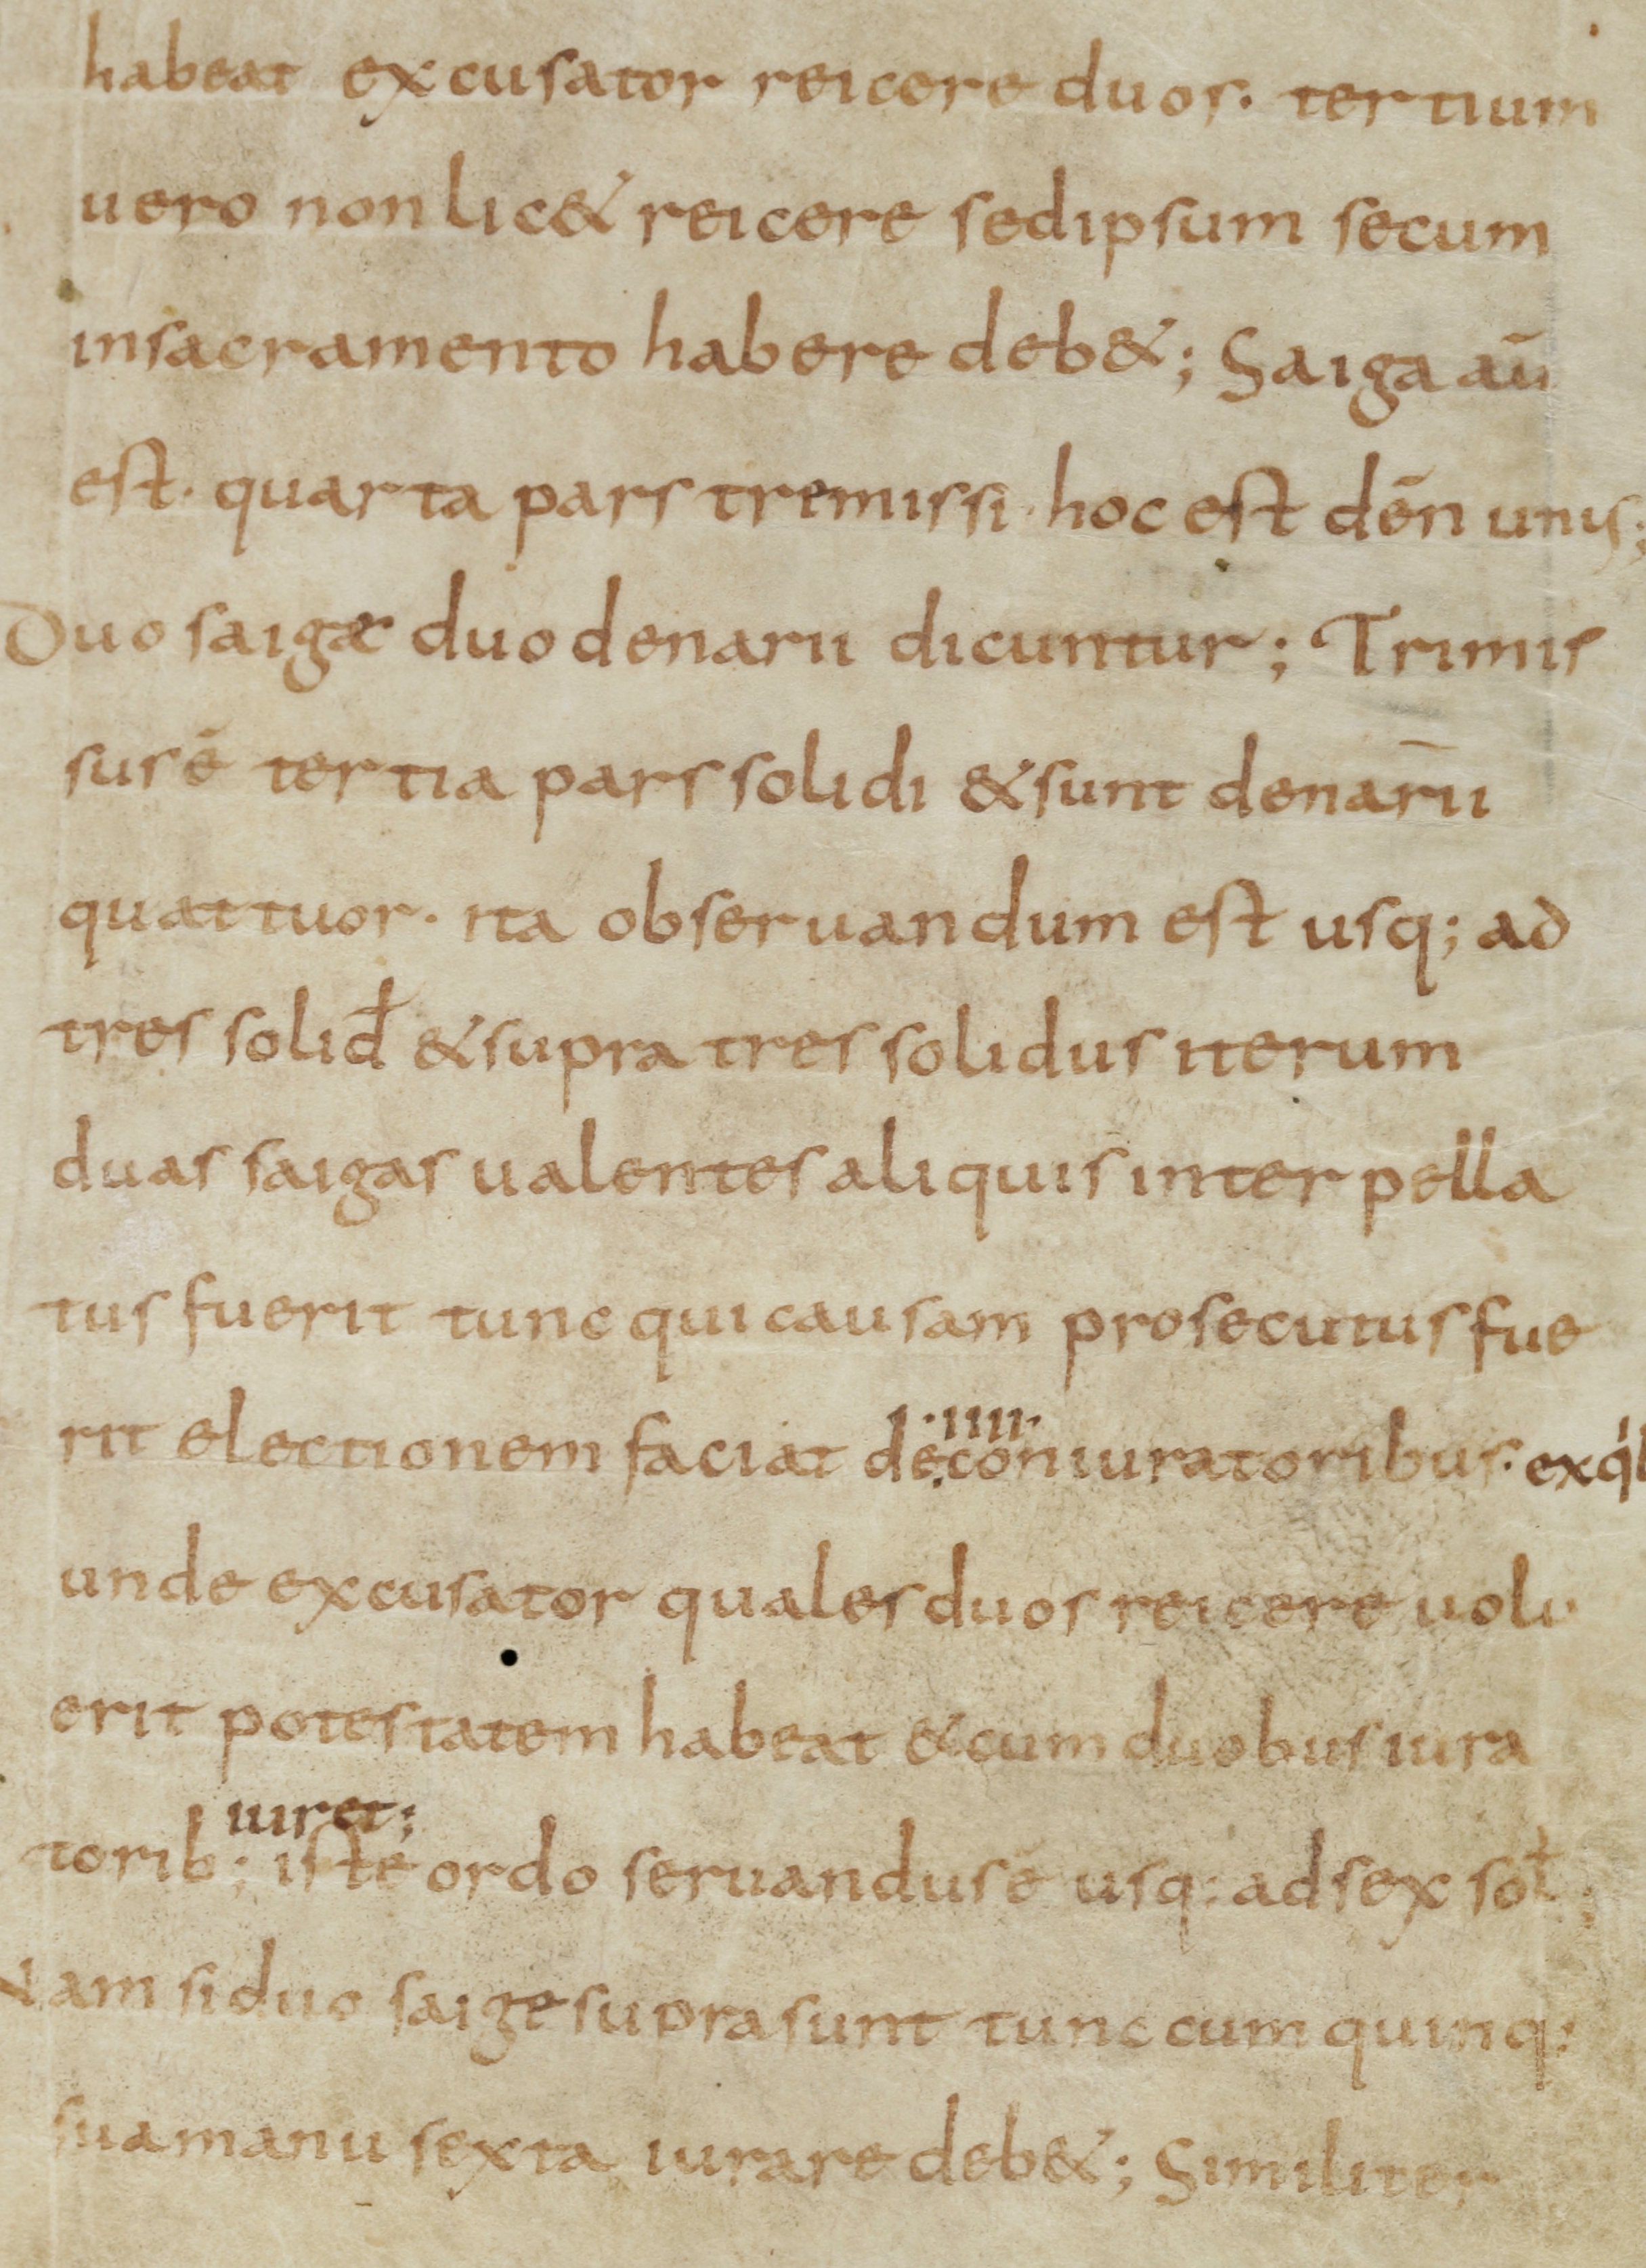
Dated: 800–899